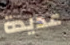
عديدة